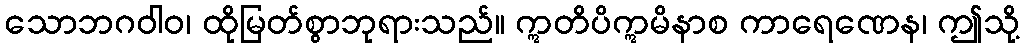
သောဘဂဝါဝ၊ ထိုမြတ်စွာဘုရားသည်။ ဣတိပိဣမိနာစ ကာရေဏေန၊ ဤသို့